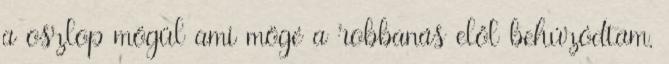
a oszlop mögül ami mögé a robbanás elől behúzódtam,